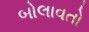
બોલાવતો